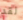
لقد